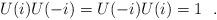
LaTeX: \begin{align*}U(i) U(-i) = U(-i) U(i) = 1\ \ . \end{align*}